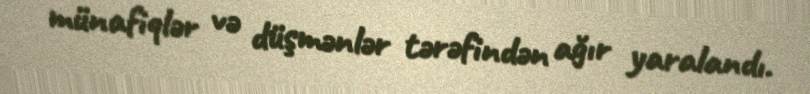
münafiqlər və düşmənlər tərəfindən ağır yaralandı.